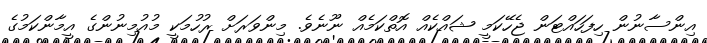
އިންސާނުން ހިފަހައްޓަން ޖެހޭކަމީ ޝައްކެއް އޮތްކަމެއް ނޫނެވެ. މިންވަރަށް ރުހުމަކީ މުއުމިނުންގެ އީމާންކަމުގެ